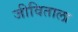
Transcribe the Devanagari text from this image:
जीविताला